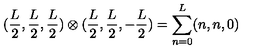
( \frac { L } { 2 } , \frac { L } { 2 } , \frac { L } { 2 } ) \otimes ( \frac { L } { 2 } , \frac { L } { 2 } , - \frac { L } { 2 } ) = \sum _ { n = 0 } ^ { L } ( n , n , 0 )